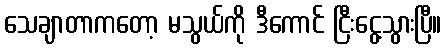
သေချာတာကတော့ မသွယ်ကို ဒီကောင် ငြီးငွေ့သွားပြီ။